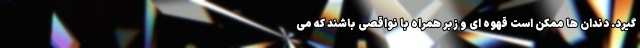
گیرد. دندان ها ممکن است قهوه ای و زبر همراه با نواقصی باشند که می